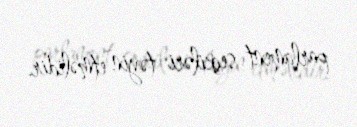
parlament seçkiləri təyin etməlidir.